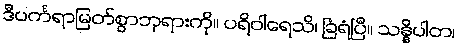
ဒီပင်္ကရာမြတ်စွာဘုရားကို။ ပရိဝါရေသိ၊ ခြံရံပြီ။ သန္နိပါတ၊